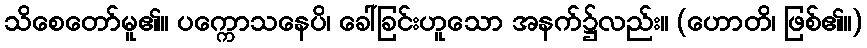
သိစေတော်မူ၏။ ပက္ကောသနေပိ၊ ခေါ်ခြင်းဟူသော အနက်၌လည်း။ (ဟောတိ၊ ဖြစ်၏။)